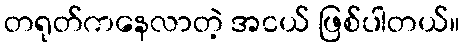
တရုတ်ကနေလာတဲ့ အငယ် ဖြစ်ပါတယ်။